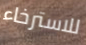
للاسترخاء